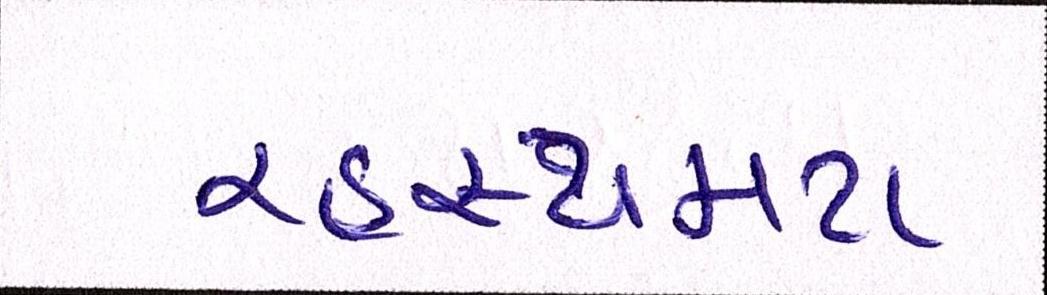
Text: રહસ્યમય